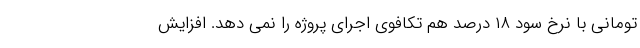
تومانی با نرخ سود ۱۸ درصد هم تکافوی اجرای پروژه را نمی دهد. افزایش